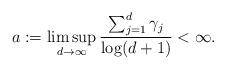
LaTeX: \begin{align*} a := \limsup_{d\to\infty} \frac{\sum_{j=1}^d \gamma_j}{\log(d+1)} < \infty.\end{align*}